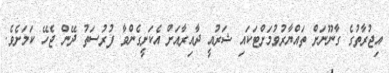
އިޖުރާތުގެ ގާނޫނަށް ތައްޔާރުވުމަށްޓަކައި ޝަރުއީ ދާއިރާއަށް އެކަށީގެންވާ ފުރުސަތު ދޭން ޖެހޭ ކަމަށެވެ.